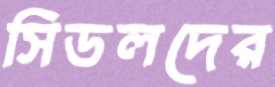
সিডলদের